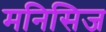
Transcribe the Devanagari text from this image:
मनिसिज